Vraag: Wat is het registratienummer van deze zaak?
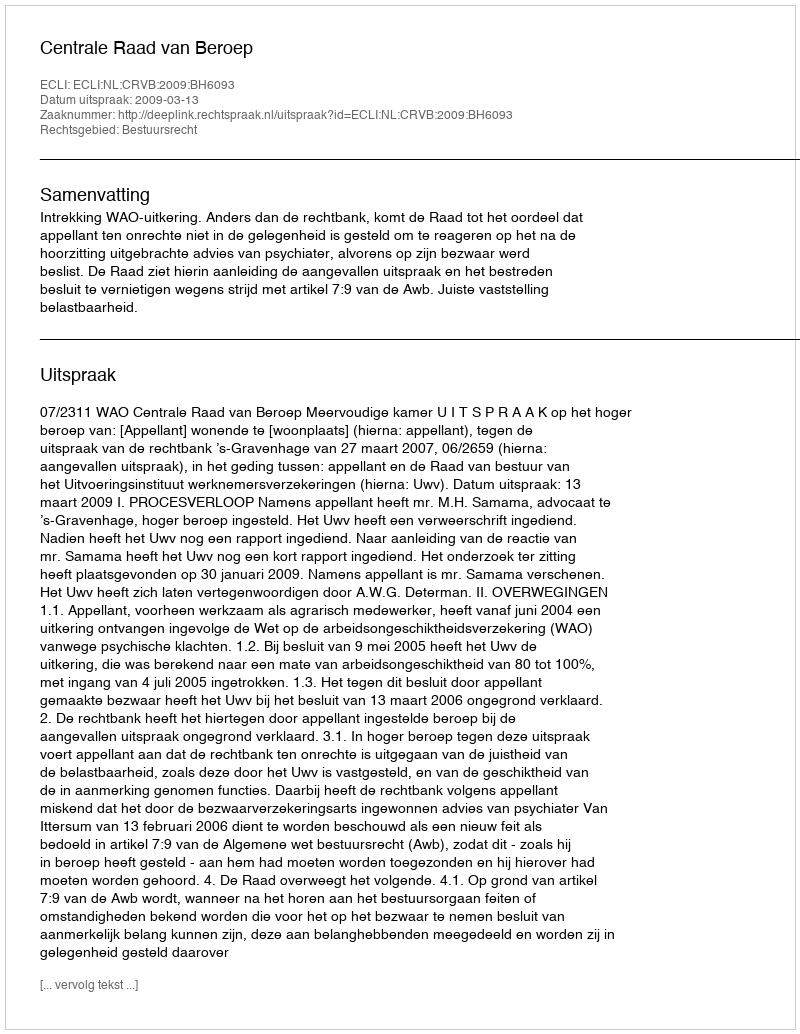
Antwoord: http://deeplink.rechtspraak.nl/uitspraak?id=ECLI:NL:CRVB:2009:BH6093